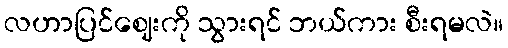
လဟာပြင်ဈေးကို သွားရင် ဘယ်ကား စီးရမလဲ။